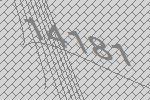
14181